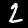
Label: 2